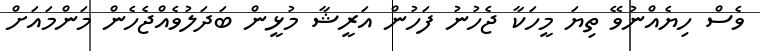
ވެސް ހިޔެއްނުވޭ ތިޔަ މީހަކާ ޖެހުނު ފަހުން އަރީޝާ މުޅީން ބަދަލުވެއްޖެހެން މަންމައަށް